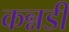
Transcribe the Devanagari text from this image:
कन्नडी